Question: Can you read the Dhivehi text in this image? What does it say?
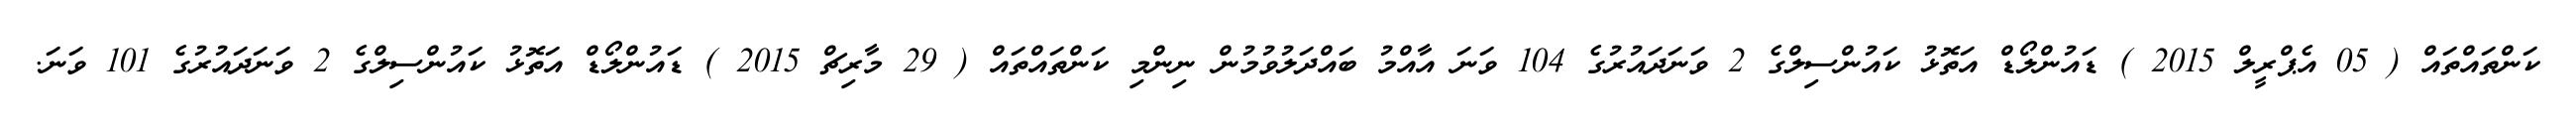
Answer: ކަންތައްތައް ( 05 އެޕްރީލް 2015 ) ޑައުންލޯޑް އަތޮޅު ކައުންސިލްގެ 2 ވަނަދައުރުގެ 104 ވަނަ އާއްމު ބައްދަލުވުމުން ނިންމި ކަންތައްތައް ( 29 މާރިޗް 2015 ) ޑައުންލޯޑް އަތޮޅު ކައުންސިލްގެ 2 ވަނަދައުރުގެ 101 ވަނަ.